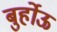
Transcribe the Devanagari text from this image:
बुर्होऊ